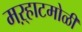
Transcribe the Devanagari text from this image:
मऱ्हाटमोळी